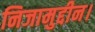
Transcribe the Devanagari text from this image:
निजामुद्दीन।